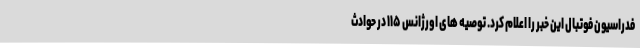
فدراسیون فوتبال این خبر را اعلام کرد. توصیه های اورژانس ۱۱۵ در حوادث